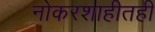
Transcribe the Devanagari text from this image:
नोकरशाहीतही